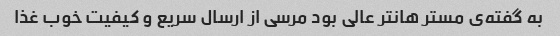
به گفته‌ی مستر هانتر عالی بود مرسی از ارسال سریع و کیفیت خوب غذا